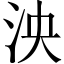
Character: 泱